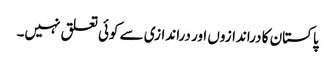
پاکستان کا دراندازوں اور دراندازی سے کوئی تعلق نہیں۔